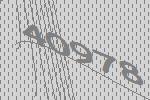
40978